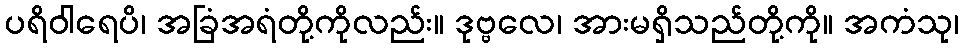
ပရိဝါရေပိ၊ အခြံအရံတို့ကိုလည်း။ ဒုဗ္ဗလေ၊ အားမရှိသည်တို့ကို။ အကံသု၊